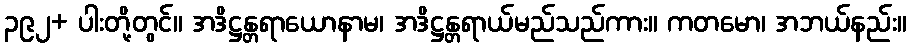
၃၉၂+ ပါးတို့တွင်။ အဒိဋ္ဌန္တရာယောနာမ၊ အဒိဋ္ဌန္တရာယ်မည်သည်ကား။ ကတမော၊ အဘယ်နည်း။